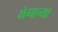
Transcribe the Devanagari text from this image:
भेगाच्या